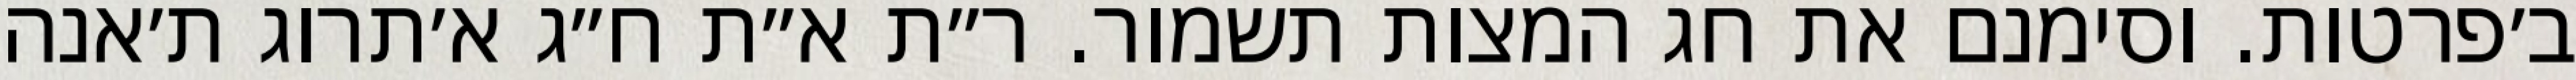
ב׳פרטות. וסימנם את חג המצות תשמור. ר״ת א״ת ח״ג א׳תרוג ת׳אנה